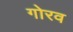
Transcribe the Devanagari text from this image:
गोरव